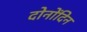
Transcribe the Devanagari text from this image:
दोनोंदिन